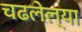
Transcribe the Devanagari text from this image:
चढलेल्या